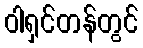
ဝါရှင်တန်တွင်